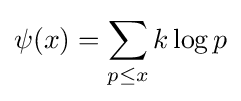
\psi (x)=\sum _{p\leq x}k\log p